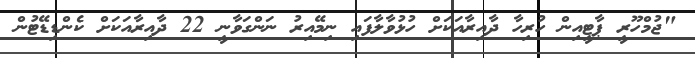
"ޖުމްހޫރީ ޕާޓީއިން ހުރިހާ ދާއިރާއަކަށް ހުޅުވާލާފައި ނިމޭއިރު ނަންގަވާނީ 22 ދާއިރާއަކަށް ކެންޑިޑޭޓުން